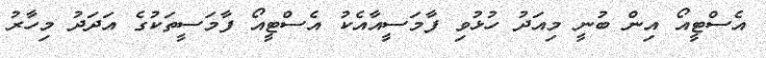
އެސްޓީއޯ އިން ބުނީ މިއަދު ހުޅުވި ފާމަސީއާއެކު އެސްޓީއޯ ފާމަސީތަކުގެ އަދަދު މިހާރު